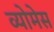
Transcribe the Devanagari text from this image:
व्योमेस